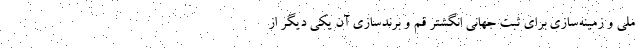
ملی و زمینه‌سازی برای ثبت جهانی انگشتر قم و برندسازی آن یکی دیگر از